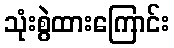
သုံးစွဲထားကြောင်း